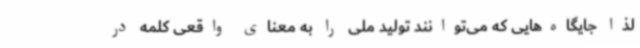
لذا جایگاه‌هایی که می‌توانند تولید ملی را به معنای واقعی کلمه در